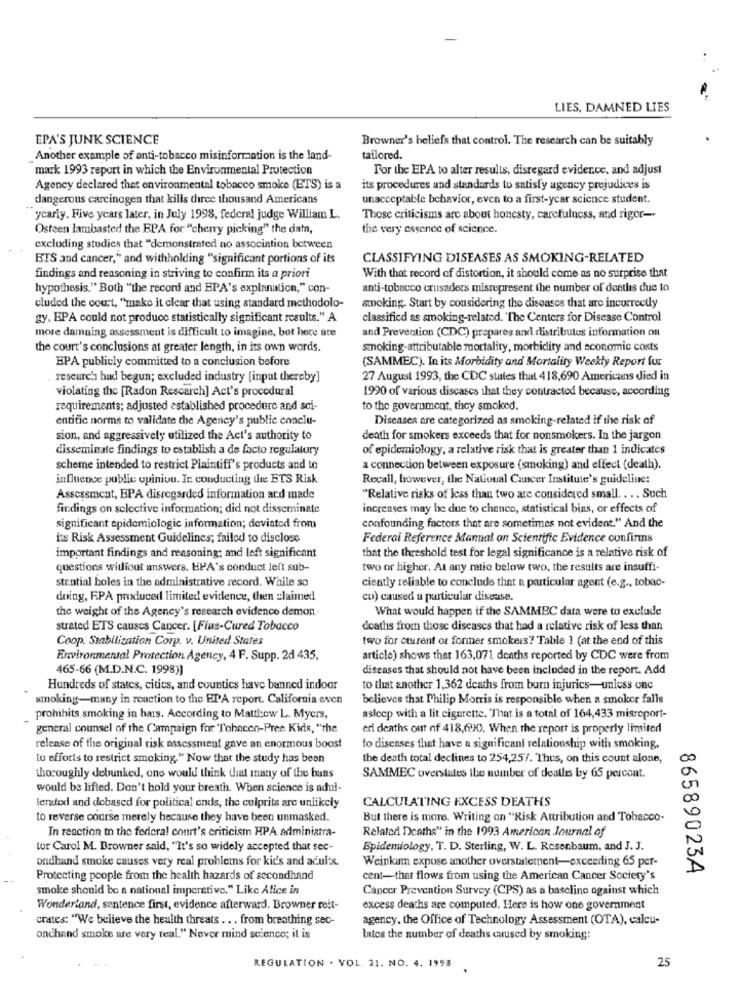
LIES, DAMNED LIES
EPA'S JUNK SCIENCE
Browner's beliefs that control. The research can be suitably
Another example of anti-tobacco misinformation is the land-
tailored.
mark 1993 report in which the Environmental Protection
For the EPA to alter results, disregard evidence, and adjust
Agency declared that environmental tobacco smoke (ETS) is a
its procedures and standards to satisfy agency prejudices is
dangerous carcinogen that kills diree thousand Americans
unacceptable behavior, even to a first-ycar science student.
ycarly. Five years later, in July 1998, federal judge William L.
Those criticisms arc about honesty, carefulness, and rigor-
Osteen lambasted the BPA for "cherry picking" the data,
the very essence of science.
excluding studies that "demonstrated no association between
BTS and cancer," and withholding "significant portions of its
CLASSIFYING DISEASES AS SMOKING-RELATED
findings and reasoning in striving to confirm its a priori
With that record of distortion, it should come as no surprise that
hypothesis." Both "the record and EPA's explanation," con-
anti-tobacco crusaders misrepresent the number of deathis due to
cluded the court, "mako it clear that using standard methodolo-
smoking. Start by considering the diseases that are incorrectly
gy, EPA could not produce statistically significant results." A
classified as smoking-related. "The Centers for Disease Control
more damning assessment is difficult to imagine, but here are
and Prevention (CDC) prepares and distributes information on
the court's conclusions at greater length, in its own words.
smoking-attributable mortality, morbidity and economic costs
EPA publicly committed to a conclusion before
(SAMMEC). In its Morbidity and Mortality Weekly Report for
. reseurch had begun; excluded industry [input thereby]
27 August 1993, the CDC states that 418,690 Americans died in
violating the [Radon Rescarch] Act's procedural
1990 of various diseases that they contracted because, according
requirements; adjusted established procedure and sci-
to the government, they smoked.
entific norms to validate the Agency's public conclu-
Diseases are categorized as smoking-related if the risk of
sion, and aggressively utilized the Act's authority to
death for smokers exceeds that for nonsmokers. In the jargon
disseminate findings to establish a de facto regulatory
of epidemiology, a relative risk that is greater than 1 indicates
scheme intended to restrict Plaintiff's products and to
a connection between exposure (smoking) and effect (death).
influence public opinion. It conducting the ETS Risk
Recall, however, the National Cancer Institute's guideline:
Assessment, EPA disregarded information and made
"Relative risks of less than two are considered small. . .. Such
findings on selective information; did not disseminate
increases may be due to chance, statistical bias, or effects of
significant epidemiologic information; deviated from
confounding factors that are sometimes not evident." And the
its Risk Assessment Guidelines; failed to disclose
Federai Reference Manual on Scientific Evidence confirins
that the threshold test for legal significance is a relative risk of
important findings and reasoning; and left significant
questions witliout answers. EPA's conduct left sub-
two or higher. At any ratio below two, the results are insuffi-
stential holes in the administrative record. While so
ciently reliable to conclude that n particular agent (e.g ., tobac-
doing, RPA prixduced limited evidence, then =laimed
co) caused a particular disease.
the weight of the Agency's research evidence demon.
What would happen if the SAMMEC data were to exclude
strated ETS causes Cancer. [Fius-Cured Tobacco
deaths from those diseases that had a relative risk of less than
Coop. Stabilization Corp. v. United States
two for current of former smokers? Table 1 (at the end of this
Environmental Protection Agency, 4 F. Supp. 2d 435,
article) shows that 163,071 deaths reported by CDC were from
465-66 (M.D.N.C. 1998)]
diseases that should not have been included in the report. Add
Hundreds of states, citics, and countics have banned indoor
to that another 1,362 deaths from burn injurics-unless one
smoking-many in reaction to the EDA report. California even
believes that Philip Morris is responsible when a smoker falls
prohibits smoking in has. According to Mattlow L. Myers,
aslcep with a lit cigarette. That is a total of 164,433 misreport-
general counsel of the Campaign for Tobacco-Pree Kids, "the
eri deaths out of 418,690. When the report is properly limited
release of the original risk assessment gave an enormous boost
to diseases that have a significant relationship with smoking,
to efforts to restrict smoking." Now that the study has been
the death total declines to 254,257. Thus, on this count alone,
thoroughly debunked, one would think that many of the bans
SAMMEC overstates the number of deaths by 65 percent.
would be lifted. Don't hold your breath. When science is adul-
CALCULATING EXCESS DEATHS
leratod and debased for political ends, the culprits are unlikely
to reverse course merely because they have been unmasked.
But there is more. Writing on "Risk Attribution and Tobacco-
In reaction to the federal court's criticism HPA administra-
Related Deaths" in the 1993 American Journal of
tor Carol M. Browner said, "It's so widely accepted that sec-
Epidemiology, T. D. Sterling, W. L. Rosenbaum, and J. J.
ondhand smoke causes very real problems for kids and adults.
Weinkam expose another overstatement-exceeding 65 per-
86589023A
Protecting people from the health hazards of secondhand
cent-that flows from using the American Cancer Society's
smoke should be a national imperative." Like Alice in
Cancer Prevention Survey (CPS) as a baseline against which
Wonderland, sentence first, evidence afterward. Browner reit-
excess deaths are computed. Here is how one government
crates: "We believe the health threats . .. from breathing sec-
agency, the Office of Technology Assessment (OTA), calcu-
onchand smoke are very real." Never mind science; it is
lates the number of deaths caused by smoking:
25
REGULATION . VOL. 21. NO. 4. 1998